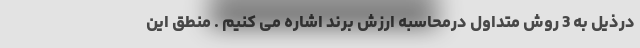
درذیل به 3 روش متداول درمحاسبه ارزش برند اشاره می کنیم . منطق این